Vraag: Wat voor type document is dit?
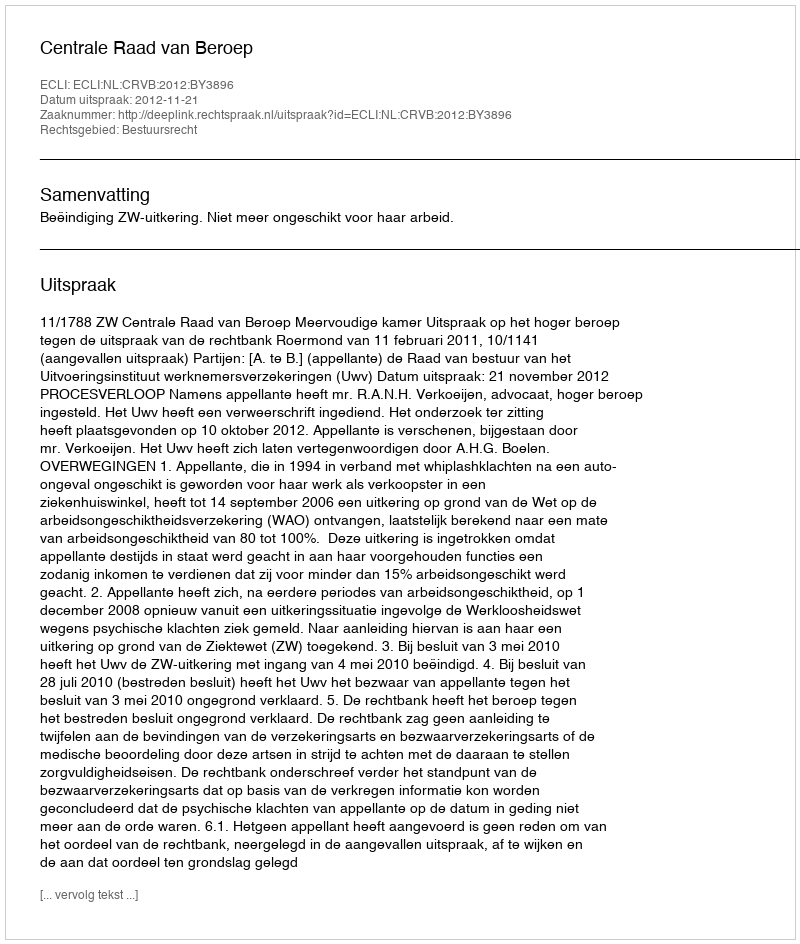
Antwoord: Uitspraak